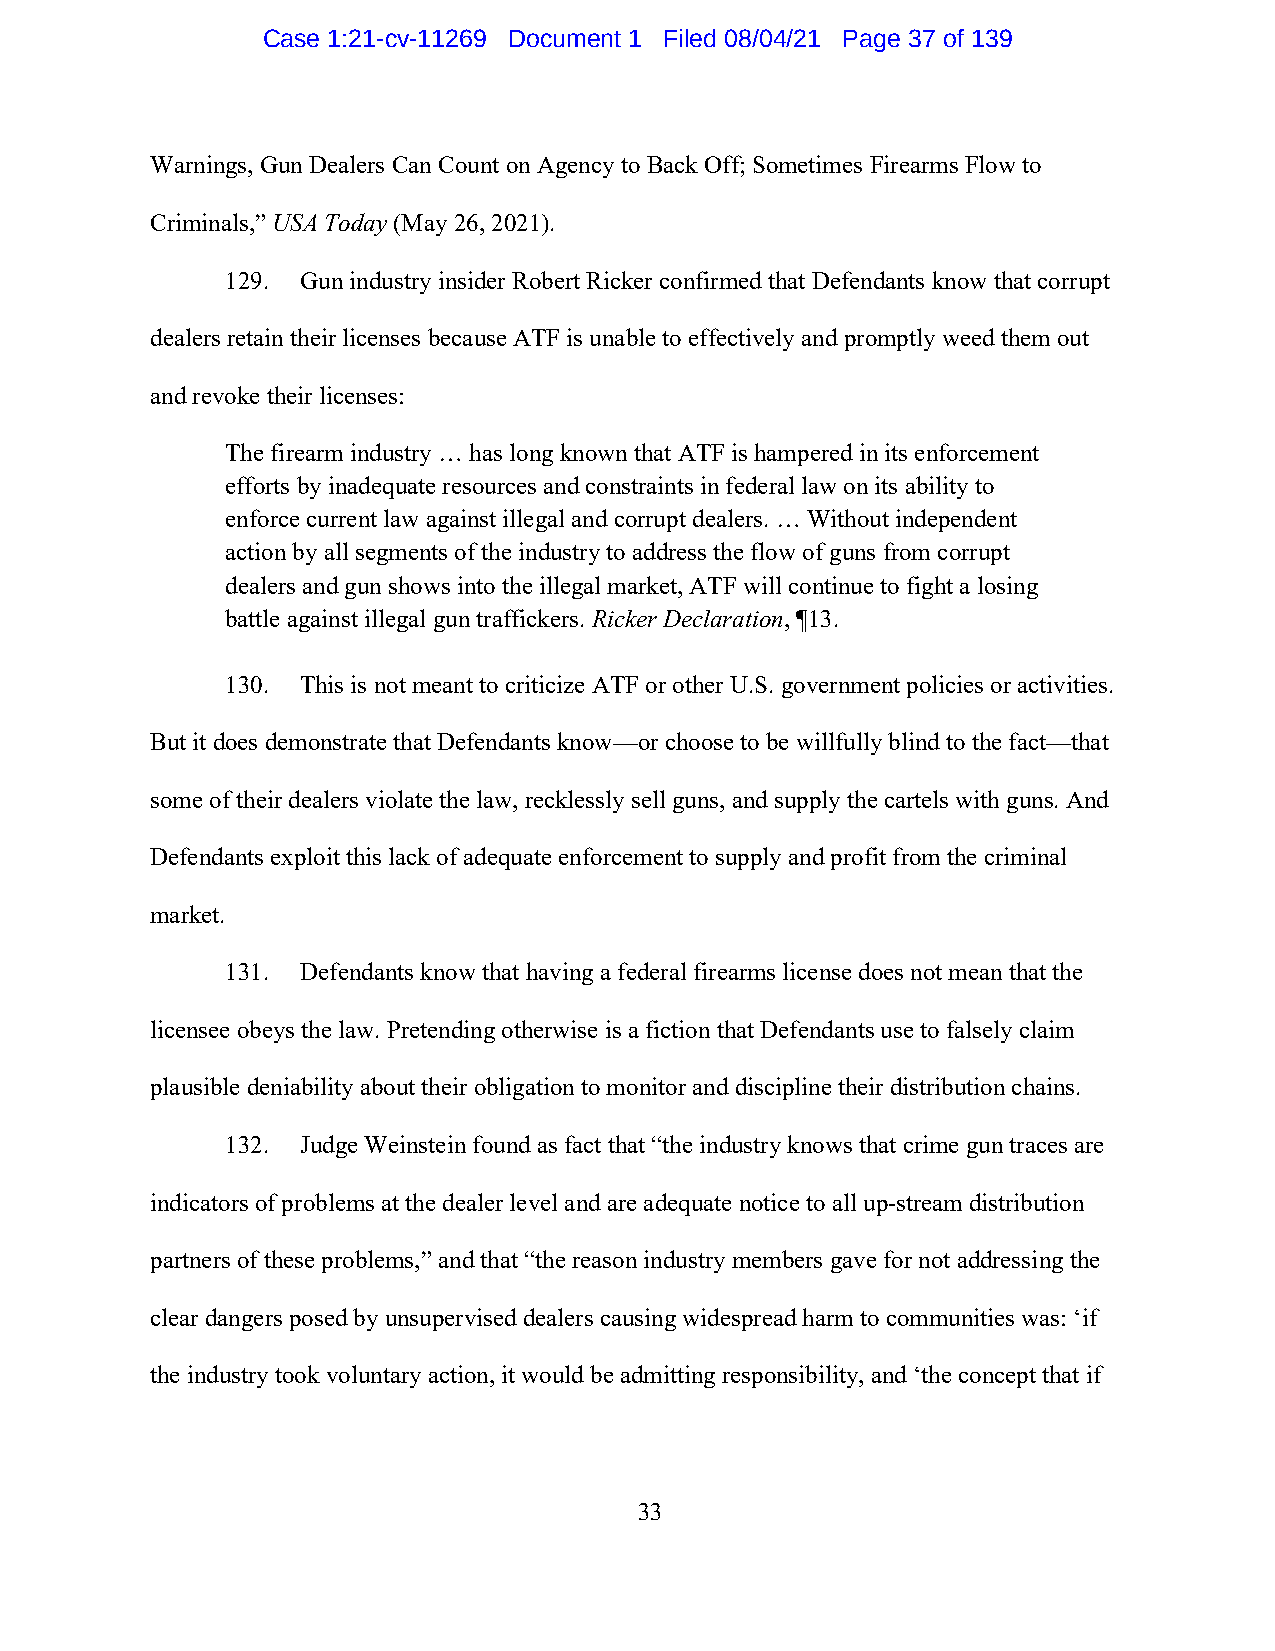
Case 1:21-cv-11269 Document 1 Filed 08/04/21 Page 37 of 139
 Warnings, Gun Dealers Can Count on Agency to Back Off; Sometimes Firearms Flow to
 Criminals,” USA Today (May 26, 2021).
 129. Gun industry insider Robert Ricker confirmed that Defendants know that corrupt
 dealers retain their licenses because ATF is unable to effectively and promptly weed them out
 and revoke their licenses:
 The firearm industry … has long known that ATF is hampered in its enforcement
 efforts by inadequate resources and constraints in federal law on its ability to
 enforce current law against illegal and corrupt dealers. … Without independent
 action by all segments of the industry to address the flow of guns from corrupt
 dealers and gun shows into the illegal market, ATF will continue to fight a losing
 battle against illegal gun traffickers. Ricker Declaration, ¶13.
 130. This is not meant to criticize ATF or other U.S. government policies or activities.
 But it does demonstrate that Defendants know—or choose to be willfully blind to the fact—that
 some of their dealers violate the law, recklessly sell guns, and supply the cartels with guns. And
 Defendants exploit this lack of adequate enforcement to supply and profit from the criminal
 market.
 131. Defendants know that having a federal firearms license does not mean that the
 licensee obeys the law. Pretending otherwise is a fiction that Defendants use to falsely claim
 plausible deniability about their obligation to monitor and discipline their distribution chains.
 132. Judge Weinstein found as fact that “the industry knows that crime gun traces are
 indicators of problems at the dealer level and are adequate notice to all up-stream distribution
 partners of these problems,” and that “the reason industry members gave for not addressing the
 clear dangers posed by unsupervised dealers causing widespread harm to communities was: ‘if
 the industry took voluntary action, it would be admitting responsibility, and ‘the concept that if
 33